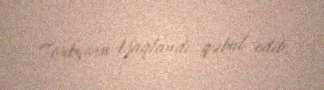
Torbyorn Yaqlandı qəbul edib.